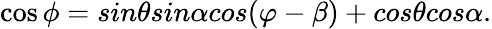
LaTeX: \cos\phi=sin\theta sin\alpha cos(\varphi-\beta)+cos\theta cos\alpha.